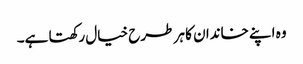
وہ اپنے خاندان کا ہر طرح خیال رکھتا ہے۔